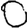
Digit: 0